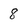
Character: 8